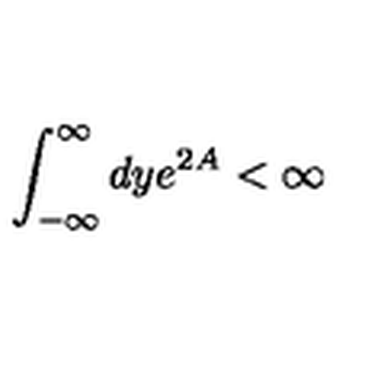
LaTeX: \int _ { - \infty } ^ { \infty } d y e ^ { 2 A } < \infty